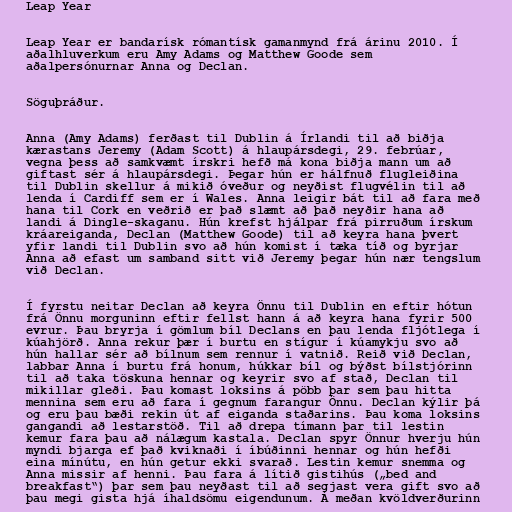
Leap Year

Leap Year er bandarísk rómantísk gamanmynd frá árinu 2010. Í
aðalhluverkum eru Amy Adams og Matthew Goode sem
aðalpersónurnar Anna og Declan.

Söguþráður.

Anna (Amy Adams) ferðast til Dublin á Írlandi til að biðja
kærastans Jeremy (Adam Scott) á hlaupársdegi, 29. febrúar,
vegna þess að samkvæmt írskri hefð má kona biðja mann um að
giftast sér á hlaupársdegi. Þegar hún er hálfnuð flugleiðina
til Dublin skellur á mikið óveður og neyðist flugvélin til að
lenda í Cardiff sem er í Wales. Anna leigir bát til að fara með
hana til Cork en veðrið er það slæmt að það neyðir hana að
landi á Dingle-skaganu. Hún krefst hjálpar frá pirruðum írskum
kráareiganda, Declan (Matthew Goode) til að keyra hana þvert
yfir landi til Dublin svo að hún komist í tæka tíð og byrjar
Anna að efast um samband sitt við Jeremy þegar hún nær tengslum
við Declan.

Í fyrstu neitar Declan að keyra Önnu til Dublin en eftir hótun
frá Önnu morguninn eftir fellst hann á að keyra hana fyrir 500
evrur. Þau bryrja í gömlum bíl Declans en þau lenda fljótlega í
kúahjörð. Anna rekur þær í burtu en stígur í kúamykju svo að
hún hallar sér að bílnum sem rennur í vatnið. Reið við Declan,
labbar Anna í burtu frá honum, húkkar bíl og býðst bílstjórinn
til að taka töskuna hennar og keyrir svo af stað, Declan til
mikillar gleði. Þau komast loksins á pöbb þar sem þau hitta
mennina sem eru að fara í gegnum farangur Önnu. Declan kýlir þá
og eru þau bæði rekin út af eiganda staðarins. Þau koma loksins
gangandi að lestarstöð. Til að drepa tímann þar til lestin
kemur fara þau að nálægum kastala. Declan spyr Önnur hverju hún
myndi bjarga ef það kviknaði í íbúðinni hennar og hún hefði
eina mínútu, en hún getur ekki svarað. Lestin kemur snemma og
Anna missir af henni. Þau fara á lítið gistihús („bed and
breakfast“) þar sem þau neyðast til að segjast vera gift svo að
þau megi gista hjá íhaldsömu eigendunum. Á meðan kvöldverðurinn